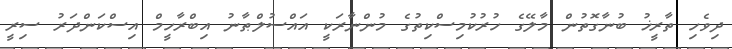
ދިވެހި ތާރީޚު ބުނާގޮތުން މާލޭގެ ހުރުކުމިސްކިތުގެ މުންނާރަކީ އައްސުލްޠާނު އިބްރާހީމް އިސްކަންދަރު ސިރީ